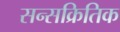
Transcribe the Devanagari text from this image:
सन्सक्रितिक